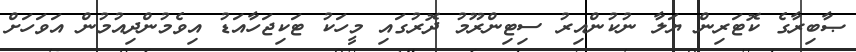
ޞާބިރާގެ ކޮޓަރިން ޔަލާ ނުކުންއިރު ސިޓިންރޫމު ދޮރުގައި މީހަކު ޓަކިޖަހާއަޑު އިވެމުންދިއުމުން އަވަހަށް